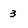
Character: 3